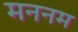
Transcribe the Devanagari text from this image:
मननम